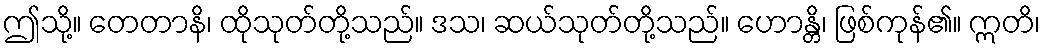
ဤသို့။ တေတာနိ၊ ထိုသုတ်တို့သည်။ ဒသ၊ ဆယ်သုတ်တို့သည်။ ဟောန္တိ၊ ဖြစ်ကုန်၏။ ဣတိ၊